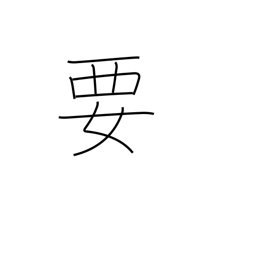
Meaning: need